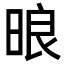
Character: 㫰